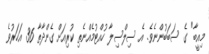
މިއީބާ" ގެ ސަބަބުންނެވެ. އެ ސިލްސިލާ ހުއްޓުމެއްނެތި ކުރިއަށް ގެންދާތާ 36 އަހަރުވެ